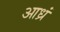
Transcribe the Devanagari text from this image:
आध्रं